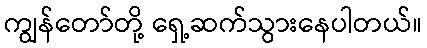
ကျွန်တော်တို့ ရှေ့ဆက်သွားနေပါတယ်။